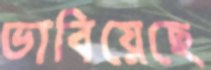
ভাবিয়েছে